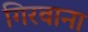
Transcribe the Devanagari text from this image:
गिरवाना